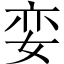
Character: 娈